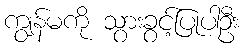
ကျွန်မကို သွားခွင့်ပြုပါဦး